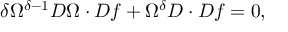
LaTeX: \delta \Omega ^ { \delta - 1 } D \Omega \cdot D f + \Omega ^ { \delta } D \cdot D f = 0 ,